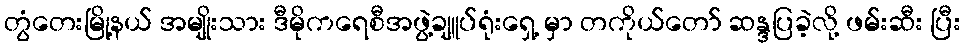
တွံတေးမြို့နယ် အမျိုးသား ဒီမိုကရေစီအဖွဲ့ချူပ်ရုံးရှေ့ မှာ တကိုယ်တော် ဆန္ဒပြခဲ့လို့ ဖမ်းဆီး ပြီး